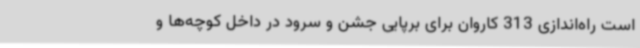
است راه‌اندازی 313 کاروان برای برپایی جشن و سرود در داخل کوچه‌ها و